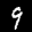
Label: 9